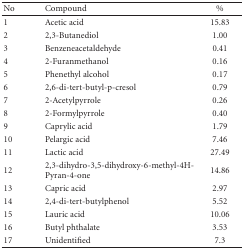
<table><thead><tr><td><b>No</b></td><td><b>Compound</b></td><td><b> %</b></td></tr></thead><tbody><tr><td>1</td><td>Acetic acid</td><td>15.83</td></tr><tr><td>2</td><td>2,3-Butanediol</td><td>1.00</td></tr><tr><td>3</td><td>Benzeneacetaldehyde</td><td>0.41</td></tr><tr><td>4</td><td>2-Furanmethanol</td><td>0.16</td></tr><tr><td>5</td><td>Phenethyl alcohol</td><td>0.17</td></tr><tr><td>6</td><td>2,6-di-tert-butyl-p-cresol</td><td>0.79</td></tr><tr><td>7</td><td>2-Acetylpyrrole</td><td>0.26</td></tr><tr><td>8</td><td>2-Formylpyrrole</td><td>0.40</td></tr><tr><td>9</td><td>Caprylic acid</td><td>1.79</td></tr><tr><td>10</td><td>Pelargic acid</td><td>7.46</td></tr><tr><td>11</td><td>Lactic acid</td><td>27.49</td></tr><tr><td>12</td><td>2,3-dihydro-3,5-dihydroxy-6-methyl-4H-Pyran-4-one</td><td>14.86</td></tr><tr><td>13</td><td>Capric acid</td><td>2.97</td></tr><tr><td>14</td><td>2,4-di-tert-butylphenol</td><td>5.52</td></tr><tr><td>15</td><td>Lauric acid</td><td>10.06</td></tr><tr><td>16</td><td>Butyl phthalate</td><td>3.53</td></tr><tr><td>17</td><td>Unidentified</td><td>7.3</td></tr></tbody></table>